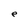
Character: e